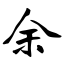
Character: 余